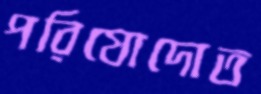
পরিষোদোত